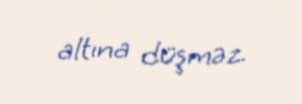
altına düşməz.